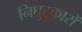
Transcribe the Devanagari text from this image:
निघुटुकारों